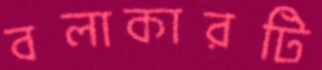
বলাকারটি